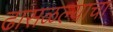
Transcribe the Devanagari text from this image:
ढासळल्याचा